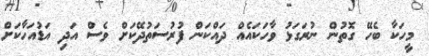
މީހަކާ ބެހޭ ގޮތުން ނުރަގަޅު ވާހަކައެއް ދައްކަން ފުރުސަތުދޭކަށް ވެސް އަދި އަޑުއަހާކަށް